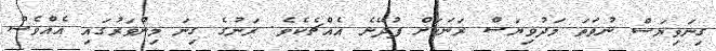
ގިނަވިޔަސް ނުވަތަ މަދުވިޔަސް ރަނަކަށް ފުދޭނެ އެއްޗެކެވެ. ރަނުގެ ގިނަ މިންވަރުގައި އެއްވެސް